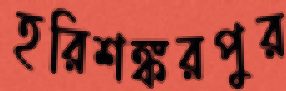
হরিশঙ্করপুর